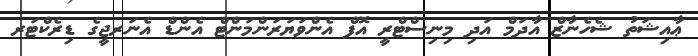
ޢާއިޝަތު ޝެހެނާޒް އާދަމް އަދި މިނިސްޓްރީ އޮފް އެންވަޔަރަންމަންޓް އެންޑް އެނަރޖީގެ ޑިރެކްޓަރ